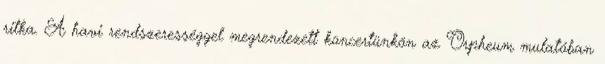
ritka. A havi rendszerességgel megrendezett koncertünkön az Orpheum mulatóban